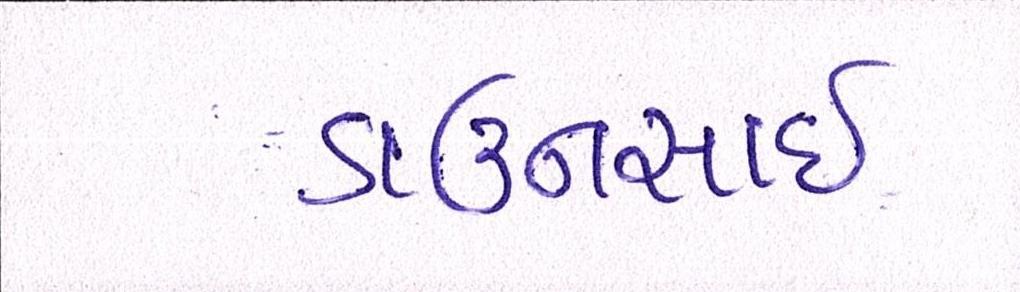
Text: ડાઉનસાઇ